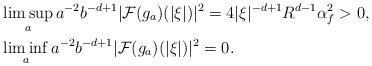
LaTeX: \begin{align*}&\limsup_a a^{-2}b^{-d+1} |\mathcal{F}(g_a)(|\xi|)|^2 = 4 |\xi|^{-d+1} R^{d-1} \alpha_f^2 >0,\\&\liminf_a a^{-2}b^{-d+1} |\mathcal{F}(g_a)(|\xi|)|^2 =0.\end{align*}